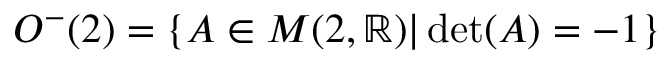
O ^ { - } ( 2 ) = \{ A \in M ( 2 , \mathbb { R } ) | \operatorname* { d e t } ( A ) = - 1 \}